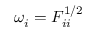
\omega _ { i } = F _ { i i } ^ { 1 / 2 }